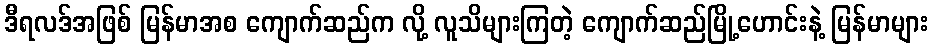
ဒီရလဒ်အဖြစ် မြန်မာအစ ကျောက်ဆည်က လို့ လူသိများကြတဲ့ ကျောက်ဆည်မြို့ဟောင်းနဲ့ မြန်မာများ